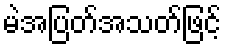
မဲအပြတ်အသတ်ဖြင့်